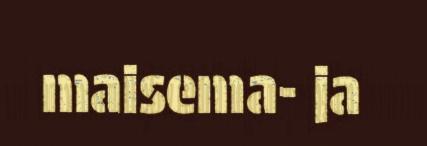
maisema- ja